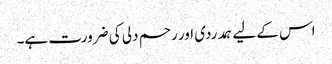
اس کے لیے ہمدردی اور رحم دلی کی ضرورت ہے۔